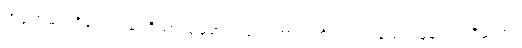
ဘဒ္ဒါအမည်ရှိသော။ ဒေဝိယာ၊ မိဖုရားသည်။ ကာလင်္ကတာယ၊ သေလွန်ခဲ့သည်ရှိသော်။